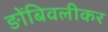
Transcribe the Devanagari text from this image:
ङोंबिवलीकर